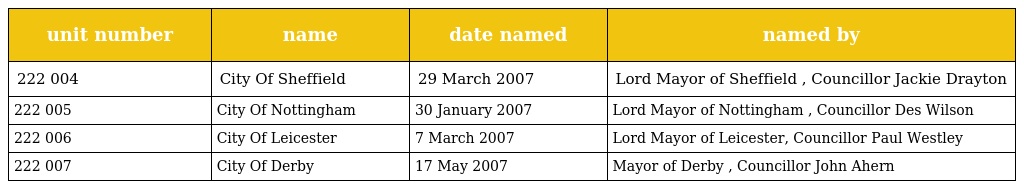
| unit number | name | date named | named by |
 | --- | --- | --- | --- |
 | 222 004 | City Of Sheffield | 29 March 2007 | Lord Mayor of Sheffield , Councillor Jackie Drayton |
 | 222 005 | City Of Nottingham | 30 January 2007 | Lord Mayor of Nottingham , Councillor Des Wilson |
 | 222 006 | City Of Leicester | 7 March 2007 | Lord Mayor of Leicester, Councillor Paul Westley |
 | 222 007 | City Of Derby | 17 May 2007 | Mayor of Derby , Councillor John Ahern |